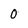
Character: 0